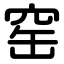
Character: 窑